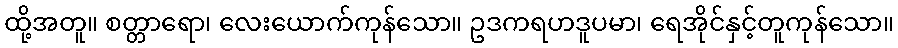
ထို့အတူ။ စတ္တာရော၊ လေးယောက်ကုန်သော။ ဥဒကရဟဒူပမာ၊ ရေအိုင်နှင့်တူကုန်သော။